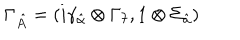
LaTeX: \Gamma _ { \hat { A } } = ( i \gamma _ { \hat { \alpha } } \otimes \Gamma _ { 7 } , 1 \otimes \Sigma _ { \hat { a } } )